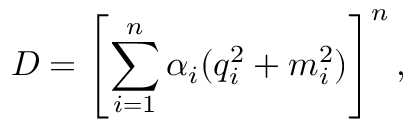
D = \left[ \sum _ { i = 1 } ^ { n } \alpha _ { i } ( q _ { i } ^ { 2 } + m _ { i } ^ { 2 } ) \right] ^ { n } ,